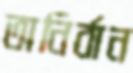
অনির্বান